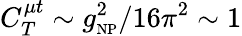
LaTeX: C_{T}^{\mu t}\sim g_{\mathrm{\scriptscriptstyle NP}}^{2}/16\pi^{2}\sim 1